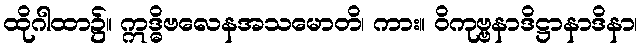
ထိုဂါထာ၌။ ဣဒ္ဓိဗလေနအသမောတိ၊ ကား။ ဝိကုဗ္ဗနာဒိဋ္ဌာနာဒိနာ၊